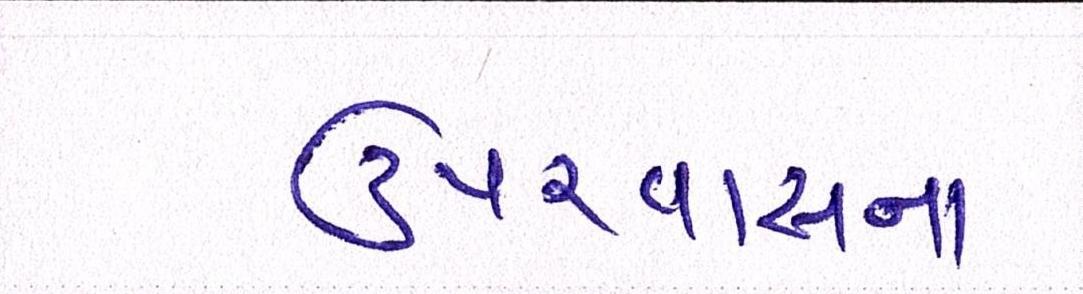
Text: ઉપરવાસના